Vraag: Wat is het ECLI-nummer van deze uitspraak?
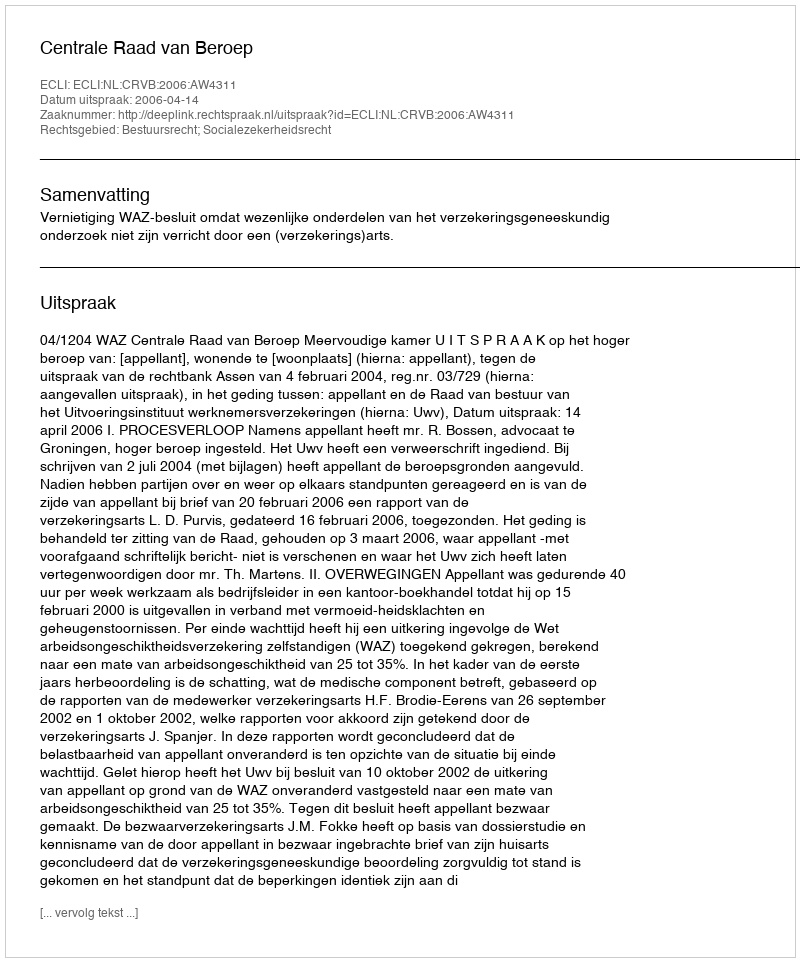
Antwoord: ECLI:NL:CRVB:2006:AW4311